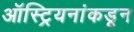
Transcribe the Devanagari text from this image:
ऑस्ट्रियनांकडून